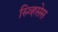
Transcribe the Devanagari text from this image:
स्र्व्हिसेस